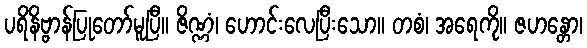
ပရိနိဗ္ဗာန်ပြုတော်မူပြီ။ ဇိဏ္ဏံ၊ ဟောင်းလေပြီးသော။ တစံ၊ အရေကို။ ဇဟန္တော၊